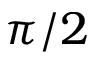
\pi / 2